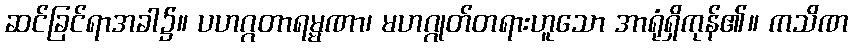
ဆင်ခြင်ရာအခါ၌။ ပဟဂ္ဂတာရမ္မဏာ၊ မဟဂ္ဂုတ်တရားဟူသော အာရုံရှိကုန်၏။ ကသိဏ